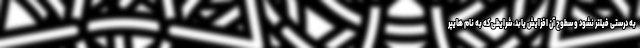
به درستی فیلتر نشود و سطوح آن افزایش یابد، شرایطی که به نام هایپر